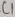
Text: C1